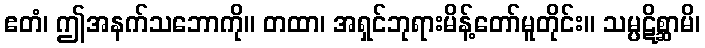
ဧတံ၊ ဤအနက်သဘောကို။ တထာ၊ အရှင်ဘုရားမိန့်တော်မူတိုင်း။ သမ္ပဋိစ္ဆာမိ၊